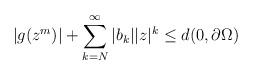
LaTeX: \begin{align*}|g(z^m)| + \sum_{k=N}^{\infty}|b_k||z|^k \leq d(0, \partial{\Omega})\end{align*}